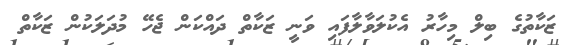
ޒަކާތުގެ ބިލް މިހާރު އެކުލަވާލާފައި ވަނީ ޒަކާތް ދައްކަން ޖެހޭ މުދަލަކުން ޒަކާތް